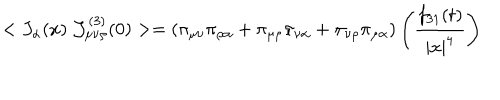
< J _ { \alpha } ( x ) ~ { \cal J } _ { \mu \nu \rho } ^ { ( 3 ) } ( 0 ) > = ( \pi _ { \mu \nu } \pi _ { \rho \alpha } + \pi _ { \mu \rho } \pi _ { \nu \alpha } + \pi _ { \nu \rho } \pi _ { \mu \alpha } ) \left( \frac { f _ { 3 1 } ( t ) } { | x | ^ { 4 } } \right)